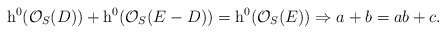
\begin{align*} \mathrm{h}^0(\mathcal{O}_S(D))+\mathrm{h}^0(\mathcal{O}_S(E-D))=\mathrm{h}^0(\mathcal{O}_S(E)) \Rightarrow a+b=ab+c. \end{align*}